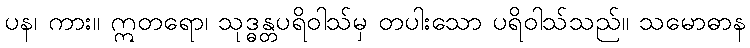
ပန၊ ကား။ ဣတရော၊ သုဒ္ဓန္တပရိဝါသ်မှ တပါးသော ပရိဝါသ်သည်။ သမောဓာန